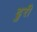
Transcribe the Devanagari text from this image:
ढुरी